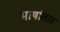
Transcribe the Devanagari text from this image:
भाषांतार